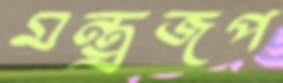
মন্ত্রজপ